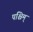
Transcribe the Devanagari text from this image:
पश्चिम्